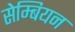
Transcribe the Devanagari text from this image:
सेम्बियन